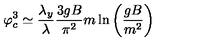
\varphi _ { c } ^ { 3 } \simeq \frac { \lambda _ { y } } { \lambda } \frac { 3 g B } { \pi ^ { 2 } } m \ln \left( \frac { g B } { m ^ { 2 } } \right)